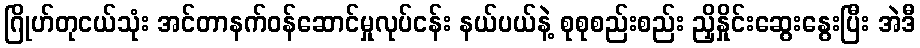
ဂြိုဟ်တုငယ်သုံး အင်တာနက်ဝန်ဆောင်မှုလုပ်ငန်း နယ်ပယ်နဲ့ စုစုစည်းစည်း ညှိနှိုင်းဆွေးနွေးပြီး အဲဒီ